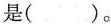
是( )。